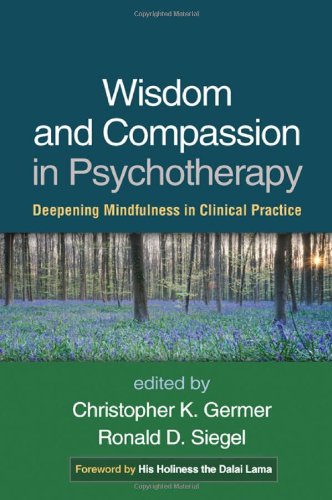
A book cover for Wisdom and Compassion in Psychotherapy: Deepening Mindfulness in Clinical Practice; Christian Books & Bibles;